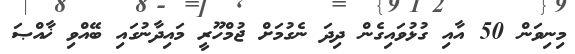
މިނިވަން 50 އާއި ގުޅުވައިގެން ދިދަ ނެގުމަށް ޖުމްހޫރީ މައިދާނުގައި ބޭއްވި ޚާއްޞަ